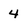
Character: 4